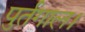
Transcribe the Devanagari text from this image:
पुर्तगाल।